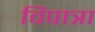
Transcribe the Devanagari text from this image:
विपात्रा